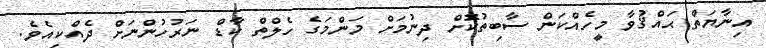
އިނާޔަތް ޙައްޤުވާ މީހެއްކަން ސާބިތުކޮށް ދިނުމަށް މަންމަގެ ހެލްތް ކާޑް ނަރުހުންނަށް ދެއްކިއެވެ.